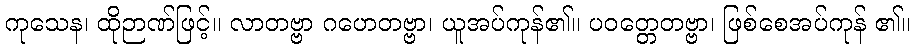
ကုသေန၊ ထိုဉာဏ်ဖြင့်။ လာတဗ္ဗာ ဂဟေတဗ္ဗာ၊ ယူအပ်ကုန်၏။ ပဝတ္တေတဗ္ဗာ၊ ဖြစ်စေအပ်ကုန် ၏။